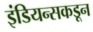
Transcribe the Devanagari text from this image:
इंडियन्सकडून